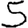
Digit: 5